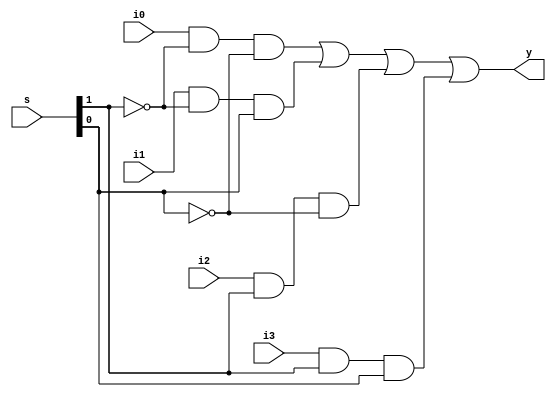
module mux_4_1_beh(i0,i1,i2,i3,s,y);
input i0,i1,i2,i3;
input [1:0]s;
output y;
assign y = (i0&(~s[1])&(~s[0]))|(i1&(~s[1])&(s[0]))|(i2&(s[1])&(~s[0]))|(i3&(s[1])&(s[0]));
endmodule